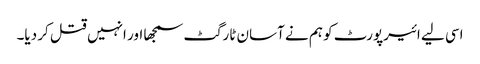
اسی لیے ائیرپورٹ کو ہم نے آسان ٹارگٹ سمجھا اور انہیں قتل کر دیا۔